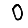
Digit: 0